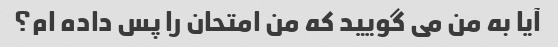
آیا به من می گویید که من امتحان را پس داده ام؟